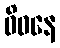
ဝိဝနေ